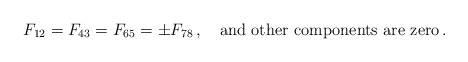
\begin{align*}F_{12}=F_{43}=F_{65}=\pm F_{78}\,,\quad \textrm{and other components are zero} \,.\end{align*}